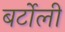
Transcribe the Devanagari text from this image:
बर्टोली